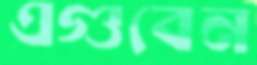
এগুবেন